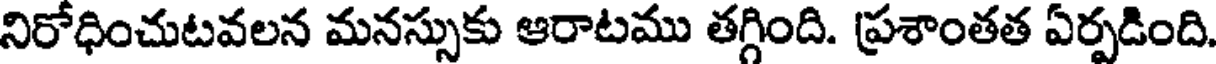
నిరోధించుటవలన మనస్సుకు ఆరాటము తగ్గింది. ప్రశాంతత ఏర్పడింది.